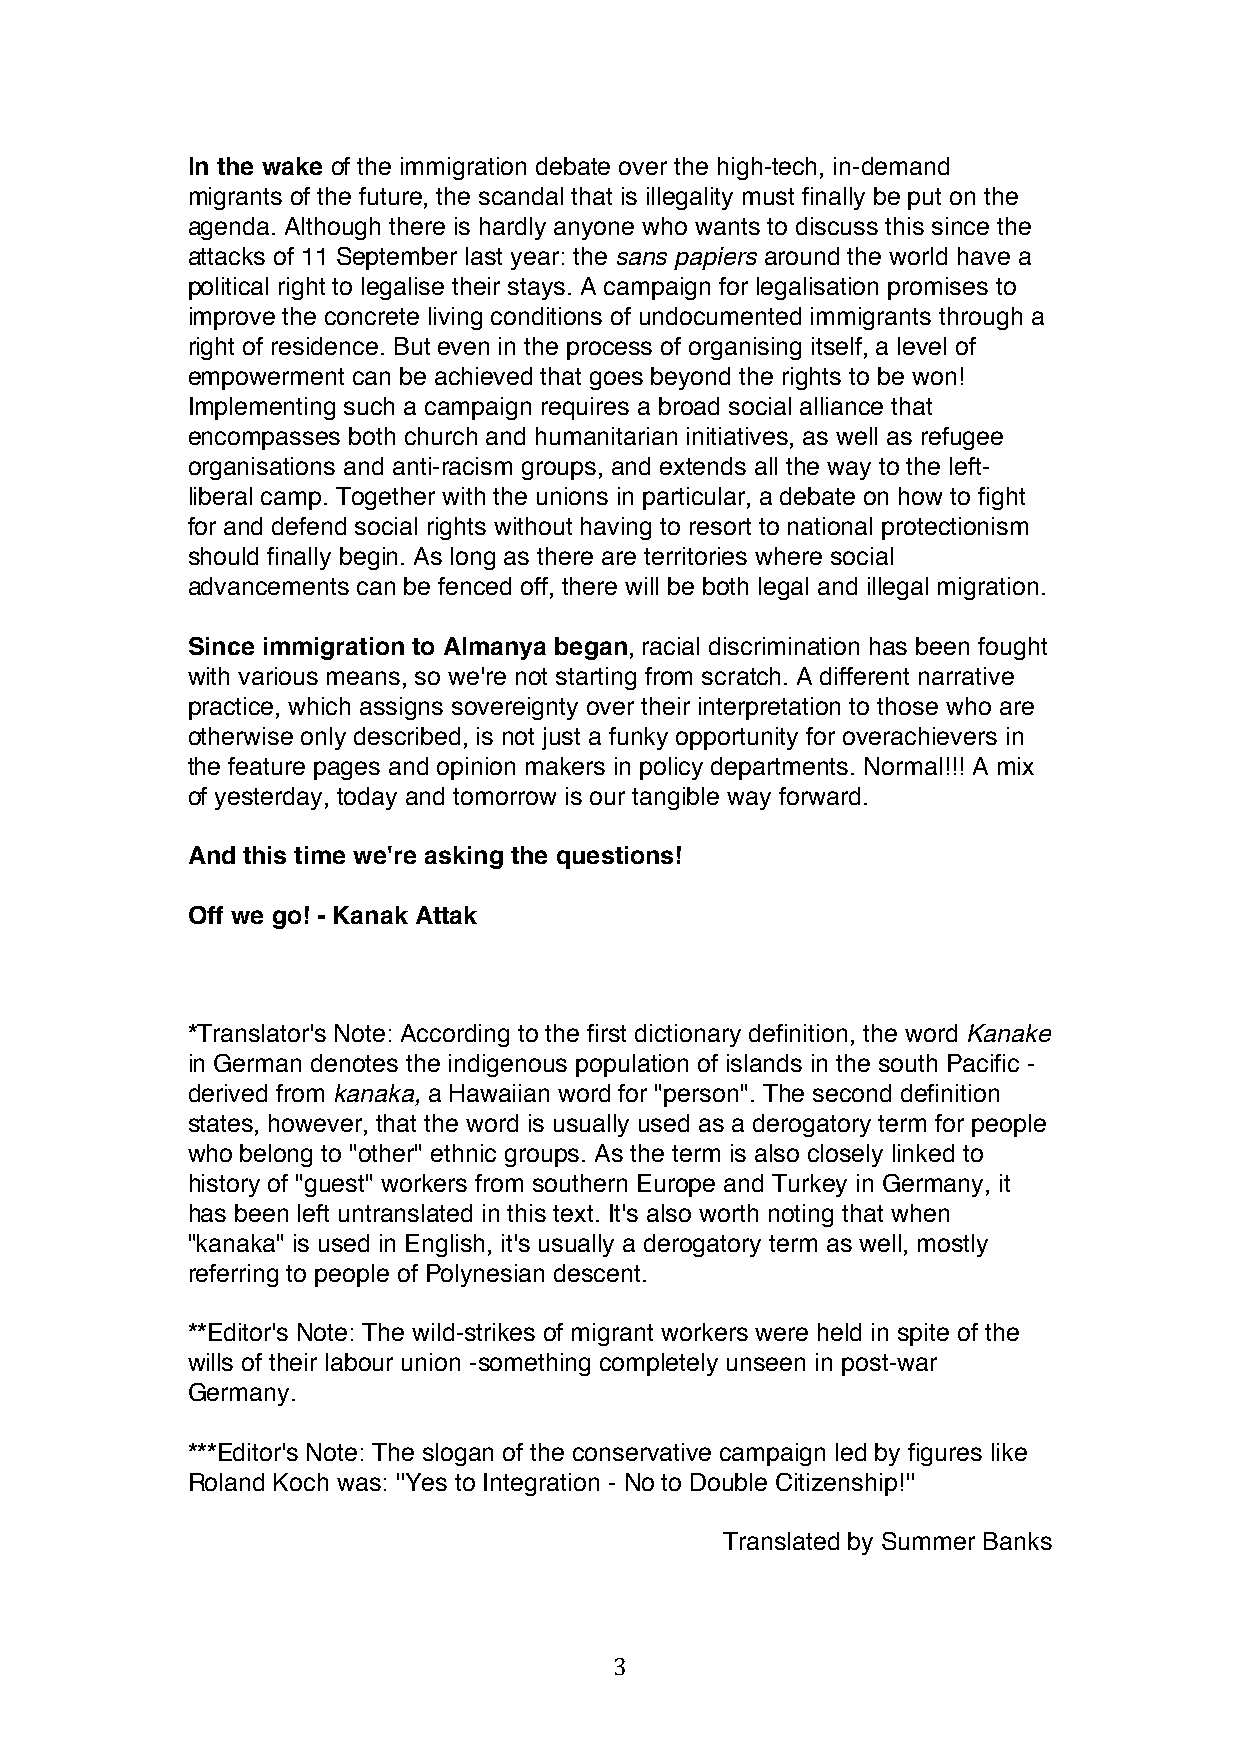
In the wake of the immigration debate over the high-tech, in-demand
 migrants of the future, the scandal that is illegality must finally be put on the
 agenda. Although there is hardly anyone who wants to discuss this since the
 attacks of 11 September last year: the sans papiers around the world have a
 political right to legalise their stays. A campaign for legalisation promises to
 improve the concrete living conditions of undocumented immigrants through a
 right of residence. But even in the process of organising itself, a level of
 empowerment can be achieved that goes beyond the rights to be won!
 Implementing such a campaign requires a broad social alliance that
 encompasses both church and humanitarian initiatives, as well as refugee
 organisations and anti-racism groups, and extends all the way to the left-
 liberal camp. Together with the unions in particular, a debate on how to fight
 for and defend social rights without having to resort to national protectionism
 should finally begin. As long as there are territories where social
 advancements can be fenced off, there will be both legal and illegal migration.
 Since immigration to Almanya began, racial discrimination has been fought
 with various means, so we're not starting from scratch. A different narrative
 practice, which assigns sovereignty over their interpretation to those who are
 otherwise only described, is not just a funky opportunity for overachievers in
 the feature pages and opinion makers in policy departments. Normal!!! A mix
 of yesterday, today and tomorrow is our tangible way forward.
 And this time we're asking the questions!
 Off we go! - Kanak Attak
 *Translator's Note: According to the first dictionary definition, the word Kanake
 in German denotes the indigenous population of islands in the south Pacific -
 derived from kanaka, a Hawaiian word for "person". The second definition
 states, however, that the word is usually used as a derogatory term for people
 who belong to "other" ethnic groups. As the term is also closely linked to
 history of "guest" workers from southern Europe and Turkey in Germany, it
 has been left untranslated in this text. It's also worth noting that when
 "kanaka" is used in English, it's usually a derogatory term as well, mostly
 referring to people of Polynesian descent.
 **Editor's Note: The wild-strikes of migrant workers were held in spite of the
 wills of their labour union -something completely unseen in post-war
 Germany.
 ***Editor's Note: The slogan of the conservative campaign led by figures like
 Roland Koch was: ''Yes to Integration - No to Double Citizenship!''
 Translated by Summer Banks
 3